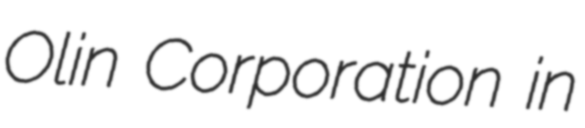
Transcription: Olin Corporation in